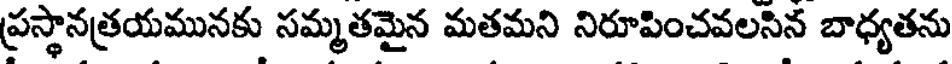
ప్రస్థానత్రయమునకు సమ్మతమైన మతమని నిరూపించవలసిన బాధ్యతను